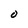
Character: o